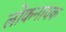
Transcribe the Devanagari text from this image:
लोकनायक